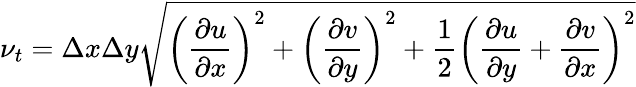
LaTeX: \nu_{t}=\Delta x\Delta y{\sqrt{\left({\frac{\partial u}{\partial x}}\right)^{2}+\left({\frac{\partial v}{\partial y}}\right)^{2}+{\frac{1}{2}}\left({\frac{\partial u}{\partial y}}+{\frac{\partial v}{\partial x}}\right)^{2}}}